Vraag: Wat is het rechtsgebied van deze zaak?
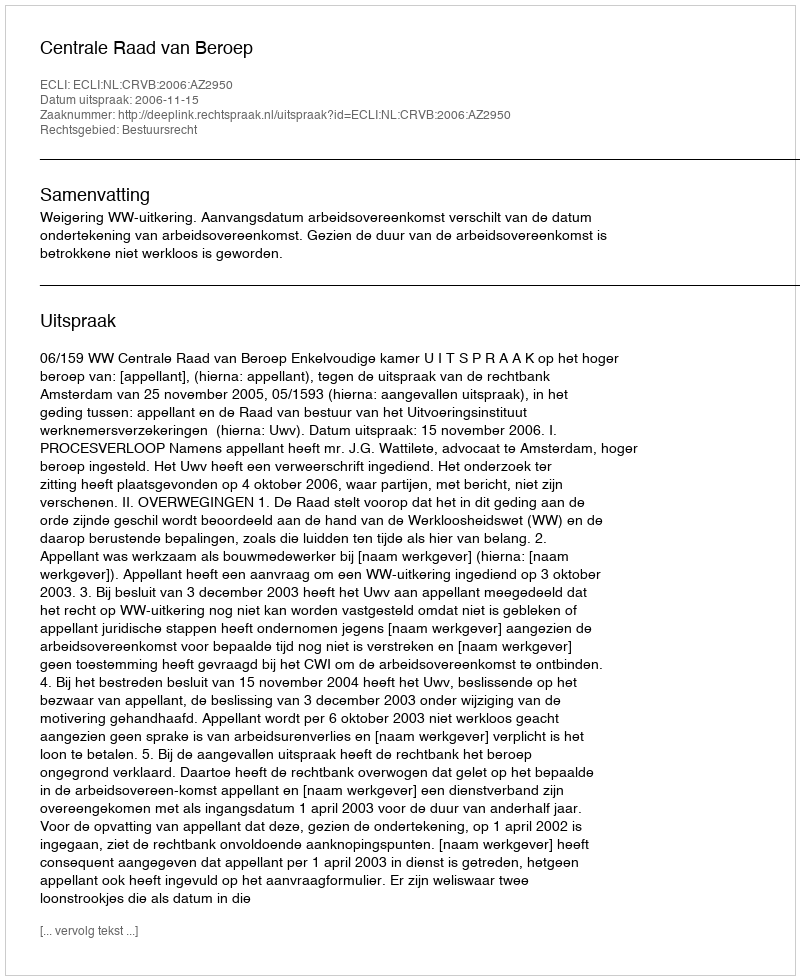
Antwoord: Bestuursrecht